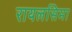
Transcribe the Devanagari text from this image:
रायलसिमा